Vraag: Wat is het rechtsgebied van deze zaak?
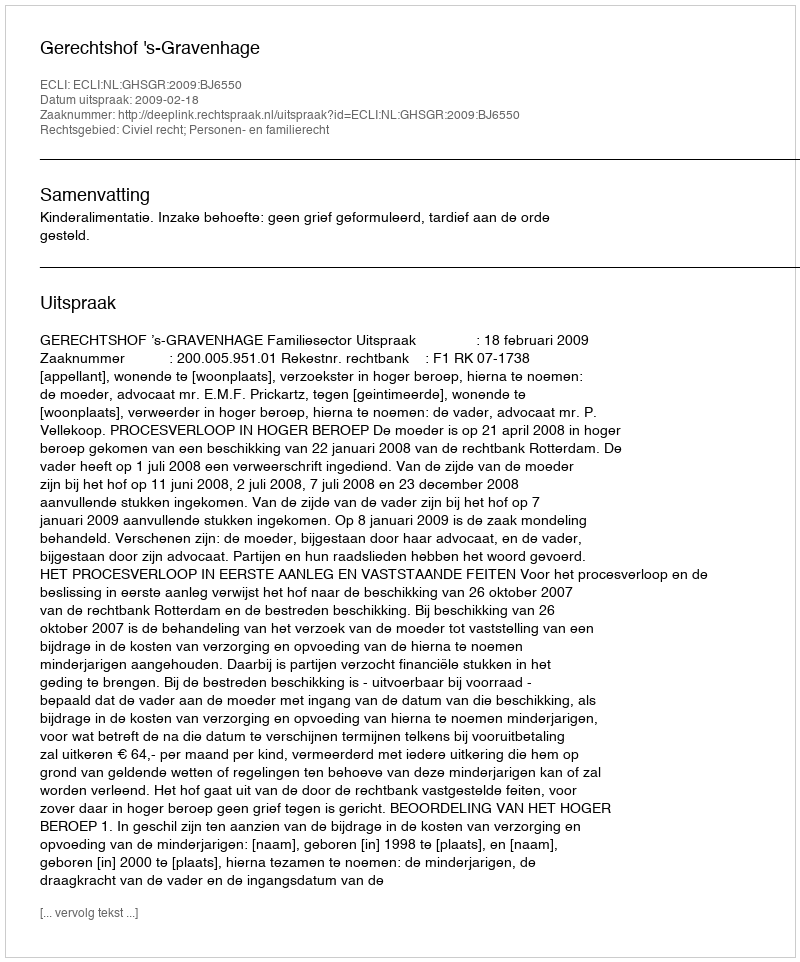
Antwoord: Civiel recht; Personen- en familierecht